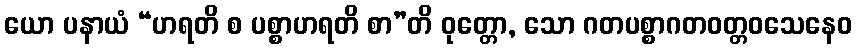
ယော ပနာယံ “ဟရတိ စ ပစ္စာဟရတိ စာ”တိ ဝုတ္တော, သော ဂတပစ္စာဂတဝတ္တဝသေနေဝ